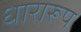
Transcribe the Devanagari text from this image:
धारारूप